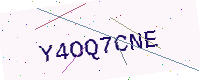
Text: Y4OQ7CNE